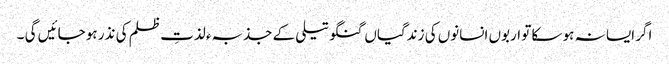
اگر ایسا نہ ہو سکا تو اربوں انسانوں کی زندگیاں گنگو تیلی کے جذبہء لذتِ ظلم کی نذر ہو جائیں گی ۔